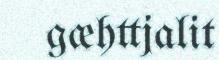
gæhttjalit